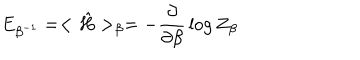
E _ { \beta ^ { - 1 } } = < { \hat { H } } > _ { \beta } = - { \frac { \partial } { \partial \beta } } \log Z _ { \beta }